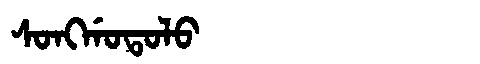
Manchu: ᠰᠣᠩᡤᠣᡨᠣᠯᠣ
Romanization: SONGGOTOLO